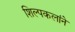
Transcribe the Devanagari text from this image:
शिल्पकलांने